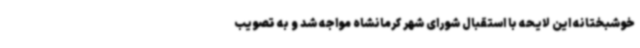
خوشبختانه این لایحه با استقبال شورای شهر کرمانشاه مواجه شد و به تصویب